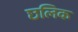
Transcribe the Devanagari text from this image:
छलिक